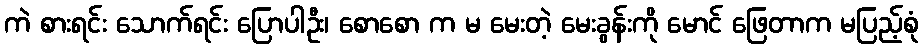
ကဲ စားရင်း သောက်ရင်း ပြောပါဦး၊ စောစော က မ မေးတဲ့ မေးခွန်းကို မောင် ဖြေတာက မပြည့်စုံ